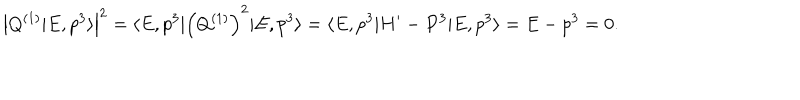
LaTeX: \left| Q ^ { ( 1 ) } \vert E , p ^ { 3 } \rangle \right| ^ { 2 } = \langle E , p ^ { 3 } \vert \left( Q ^ { ( 1 ) } \right) ^ { 2 } \vert E , p ^ { 3 } \rangle = \langle E , p ^ { 3 } \vert H ^ { \prime } - P ^ { 3 } \vert E , p ^ { 3 } \rangle = E - p ^ { 3 } = 0 .